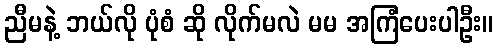
ညီမနဲ့ ဘယ်လို ပုံစံ ဆို လိုက်မလဲ မမ အကြံပေးပါဦး။